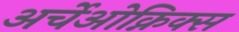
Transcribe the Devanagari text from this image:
अर्चेओक्निक्स